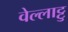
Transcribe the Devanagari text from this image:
वेल्लाट्टु